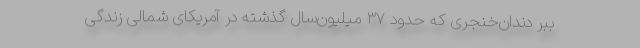
ببر دندان‌خنجری که حدود ۳۷ میلیون‌سال گذشته در آمریکای شمالی زندگی